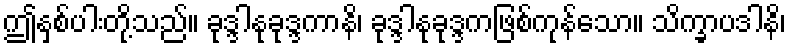
ဤနှစ်ပါးတို့သည်။ ခုဒ္ဒါနုခုဒ္ဒကာနိ၊ ခုဒ္ဒါနုခုဒ္ဒကဖြစ်ကုန်သော။ သိက္ခာပဒါနိ၊